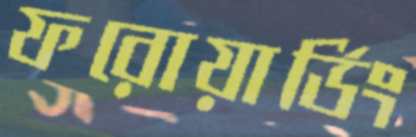
ফরোয়ার্ডিং